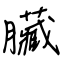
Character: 臟